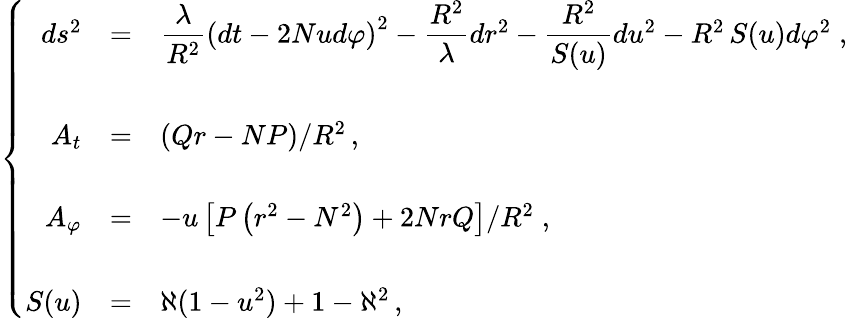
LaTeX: \left\{ \begin{array}{rcl}{{ds^{2}}}&{{=}}&{{{\displaystyle\frac{\lambda}{R^{2}}}\left(dt-2Nud\varphi\right)^{2}-{\displaystyle\frac{R^{2}}{\lambda}}dr^{2}-{\displaystyle\frac{R^{2}}{S(u)}}du^{2}-R^{2}\, S(u)d\varphi^{2}\; ,}}\\ {{}}&{{}}&{{}}\\ {{A_{t}}}&{{=}}&{{\left(Qr-NP\right)/R^{2}\, ,}}\\ {{}}&{{}}&{{}}\\ {{A_{\varphi}}}&{{=}}&{{-u\left[P\left(r^{2}-N^{2}\right)+2NrQ\right]/R^{2}\; ,}}\\ {{}}&{{}}&{{}}\\ {{S(u)}}&{{=}}&{{\aleph(1-u^{2})+1-\aleph^{2}\, ,}}\end{array}\right.